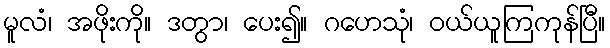
မူလံ၊ အဖိုးကို။ ဒတွာ၊ ပေး၍။ ဂဟေသုံ၊ ဝယ်ယူကြကုန်ပြီ။